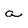
Character: a